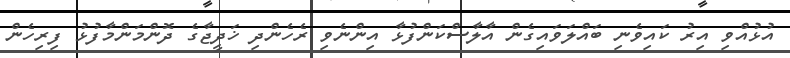
އުޅުއްވި އިރު ކައިވެނި ބައްލަވައިގެން އާލާސްކަންފުޅާ އިންނެވި ރެހެންދި ޚަދީޖާގެ ދޮންމަންމާފުޅު ފިރިހެން